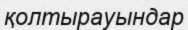
қолтырауындар